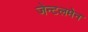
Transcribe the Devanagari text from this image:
जेन्टलमेन